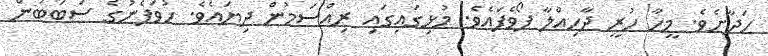
ހަދާށެވެ. މީހާ ހުރީ ދާހިއްލާ ފޯވެފައެވެ. މުޅިގައިގައި ރިއްސަމުން ދިޔައެވެ. ހުވަފެނުގެ ސަބަބުން